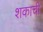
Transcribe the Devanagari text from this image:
शकाची